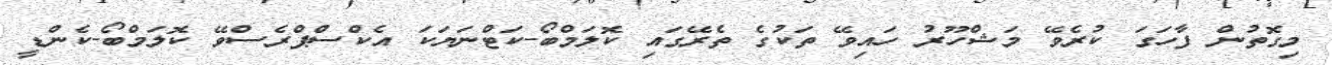
މިގޮތުން ފާހަގަ ކުރެވޭ މަޝްހޫރު ހައިވޭ ތަކުގެ ތެރޭގައި ކޮލަމްބޯ-ކަޓްނަޔަކަ އެކްސްޕްރެސްވޭ ކޮލަމްބޯ-ކެންޑީ